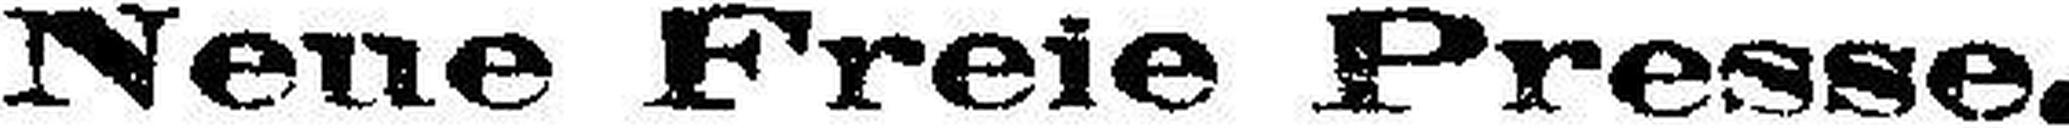
Neue Freie Presse.